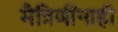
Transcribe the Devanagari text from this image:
मैत्रिणींनाही